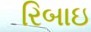
રિબાઇ